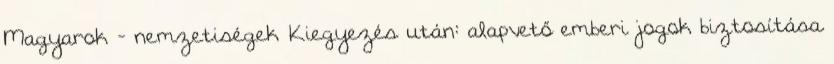
Magyarok - nemzetiségek Kiegyezés után: alapvető emberi jogok biztosítása